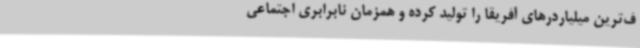
ف‌ترین میلیاردرهای آفریقا را تولید کرده و همزمان نابرابری اجتماعی